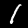
Label: 1